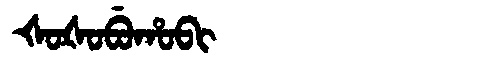
Manchu: ᡧᠣᡧᠣᠪᡠᡥᠣᠪᡳ
Romanization: ŠOŠOBUHOBI